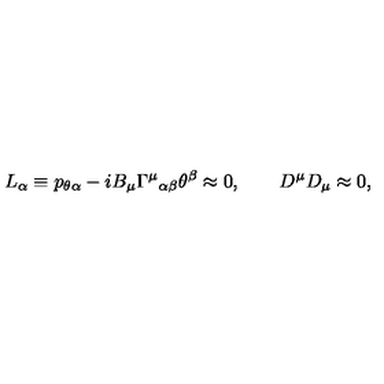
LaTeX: L _ { \alpha } \equiv p _ { \theta \alpha } - i B _ { \mu } { \Gamma ^ { \mu } } _ { \alpha \beta } \theta ^ { \beta } \approx 0 , \qquad D ^ { \mu } D _ { \mu } \approx 0 ,